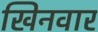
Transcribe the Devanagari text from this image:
खिनवार